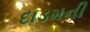
દાડમની